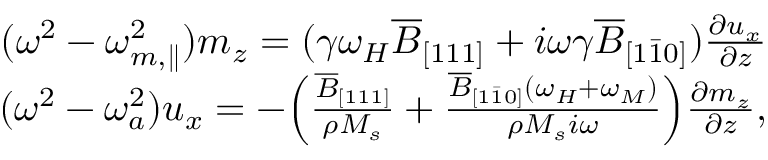
\begin{array} { r } { ( \omega ^ { 2 } - \omega _ { m , \parallel } ^ { 2 } ) m _ { z } = ( \gamma \omega _ { H } \overline { { B } } _ { [ 1 1 1 ] } + i \omega \gamma \overline { { B } } _ { [ 1 \bar { 1 } 0 ] } ) \frac { \partial u _ { x } } { \partial z } } \\ { ( \omega ^ { 2 } - \omega _ { a } ^ { 2 } ) u _ { x } = - \Big ( \frac { \overline { { B } } _ { [ 1 1 1 ] } } { \rho M _ { s } } + \frac { \overline { { B } } _ { [ 1 \bar { 1 } 0 ] } ( \omega _ { H } + \omega _ { M } ) } { \rho M _ { s } i \omega } \Big ) \frac { \partial m _ { z } } { \partial z } , } \end{array}